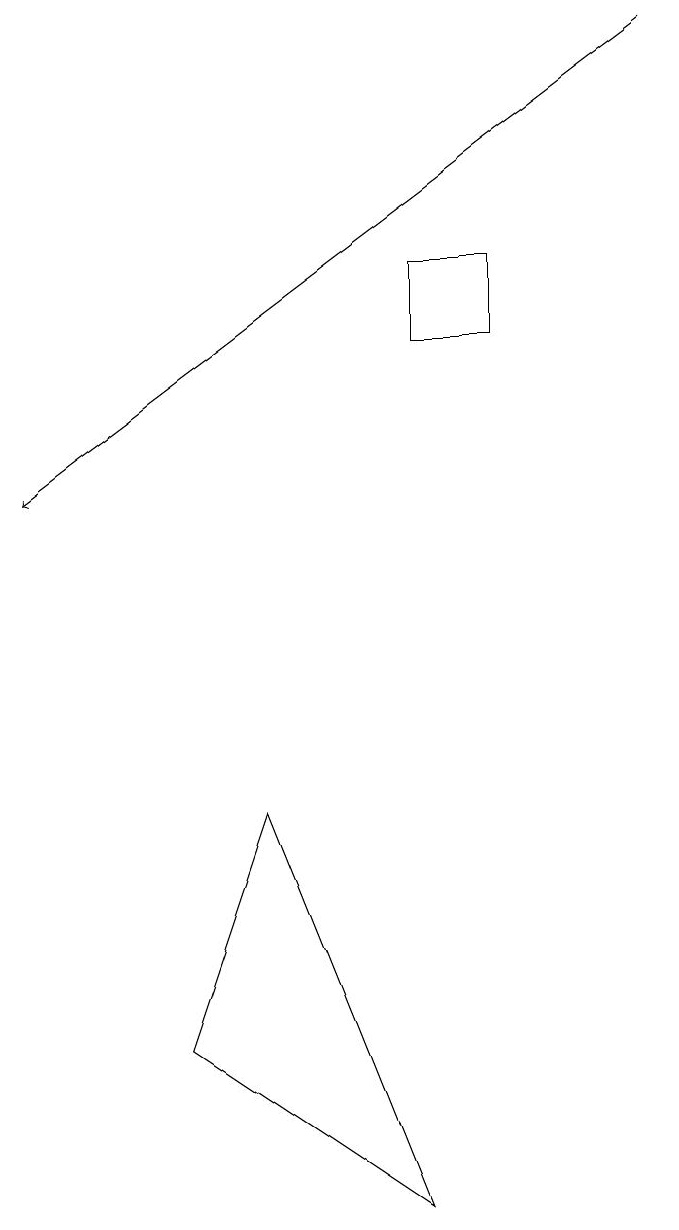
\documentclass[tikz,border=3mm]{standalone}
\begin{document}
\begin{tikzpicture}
\draw (6,13) rectangle (5,12);
\draw (2,3) -- (5,1) -- (3,6) -- cycle;
\draw[->] (8,16) -- (0,10);
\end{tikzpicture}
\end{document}